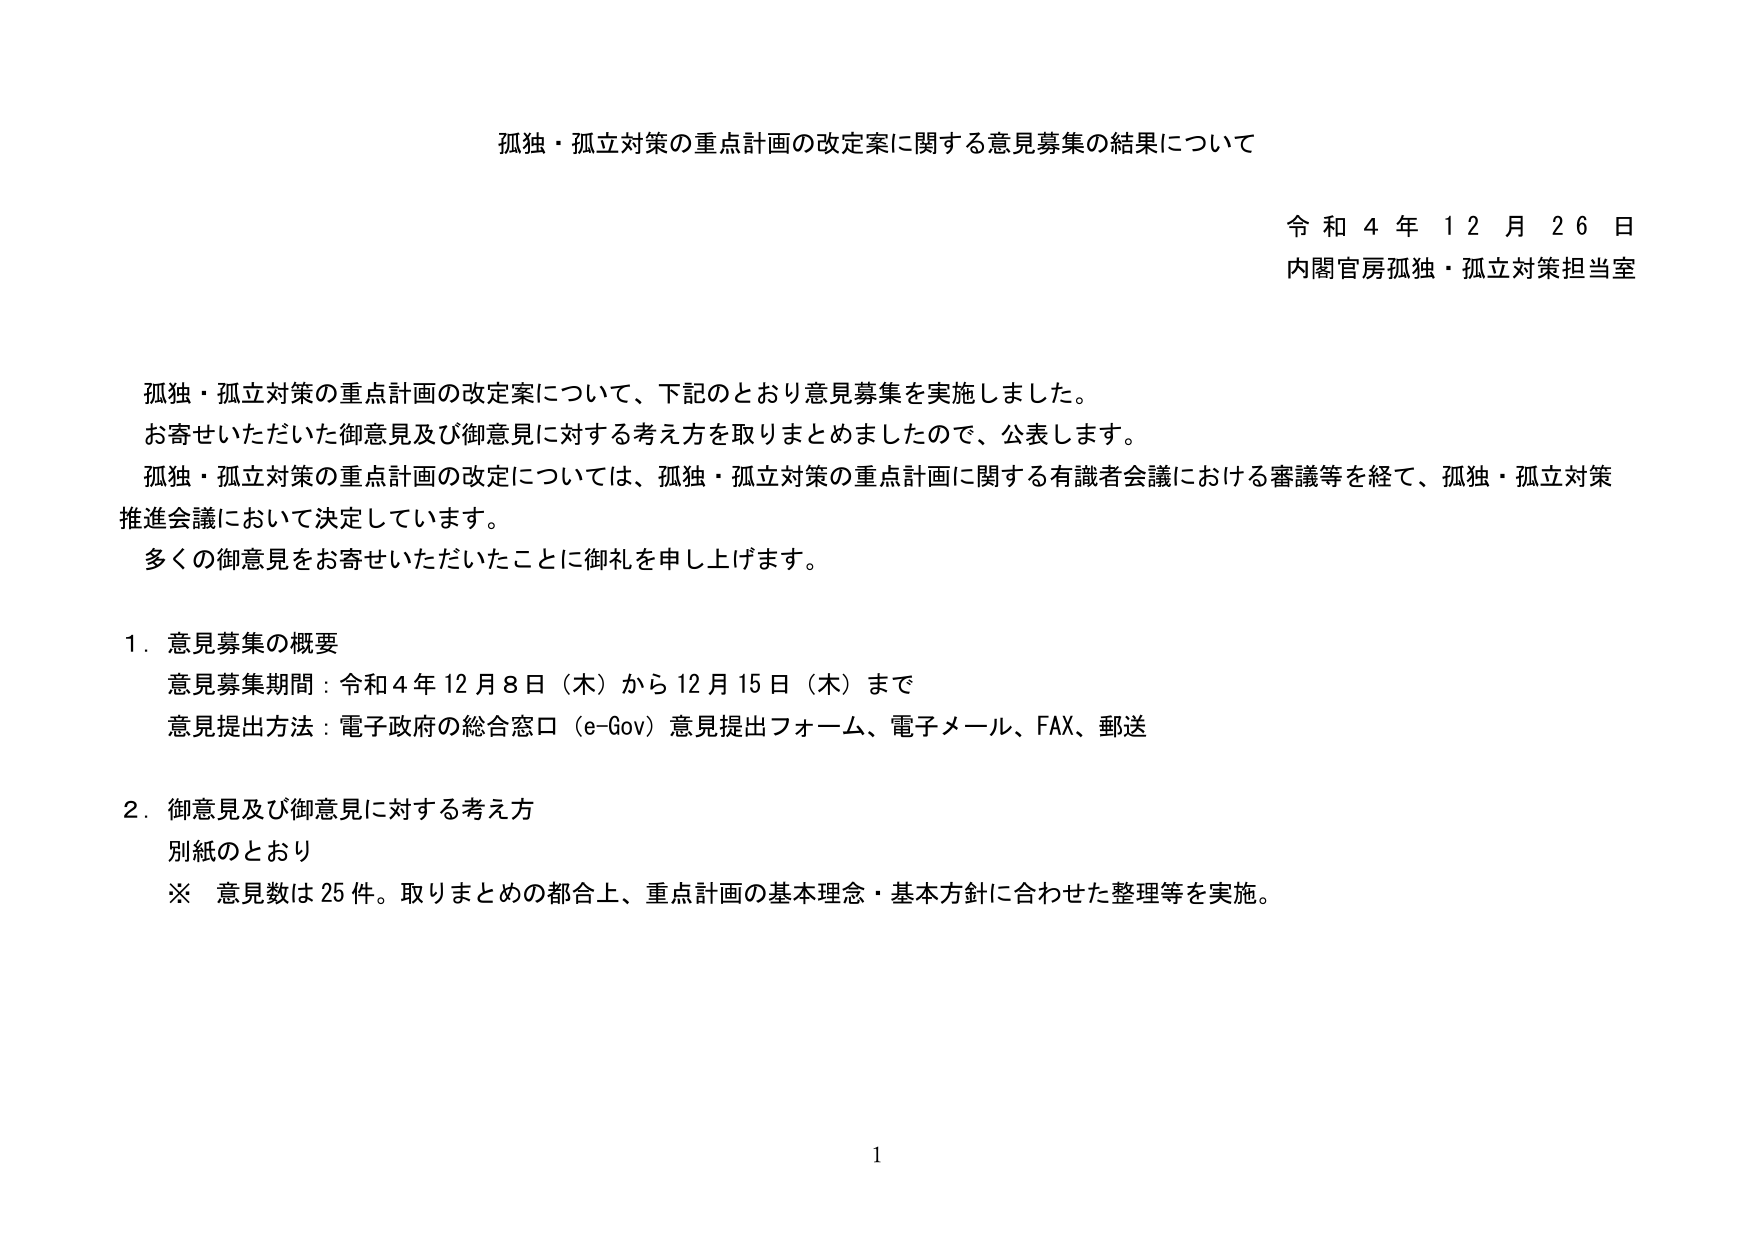
孤独・孤立対策の重点計画の改定案に関する意見募集の結果について

令和４年１２月２６日
内閣官房孤独・孤立対策担当室

孤独・孤立対策の重点計画の改定案について、下記のとおり意見募集を実施しました。
お寄せいただいた御意見及び御意見に対する考え方を取りまとめましたので、公表します。
孤独・孤立対策の重点計画の改定については、孤独・孤立対策の重点計画に関する有識者会議における審議等を経て、孤独・孤立対策推進会議において決定しています。
多くの御意見をお寄せいただいたことに御礼を申し上げます。

１．意見募集の概要
　意見募集期間：令和４年１２月８日（木）から１２月１５日（木）まで
　意見提出方法：電子政府の総合窓口（e-Gov）意見提出フォーム、電子メール、FAX、郵送

２．御意見及び御意見に対する考え方
　別紙のとおり
　※ 意見数は25件。取りまとめの都合上、重点計画の基本理念・基本方針に合わせた整理等を実施。

1